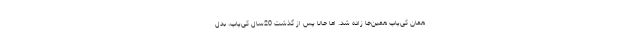
همان کی‌پاپ همین‌جا ‌زاده شد. اما حالا پس از گذشت 20سال کی‌پاپ، بدل